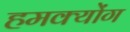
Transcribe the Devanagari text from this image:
हमक्योंग